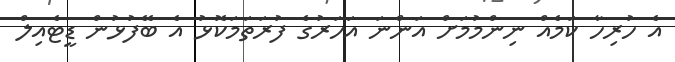
އެ ހުރިހާ ކަމެއް ނިންމުމަށް އަންނަ އަހަރުގެ ފުރަތަމަކޮޅު އެ ބޭފުޅުން ޑީޓެއިލް